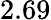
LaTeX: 2.69